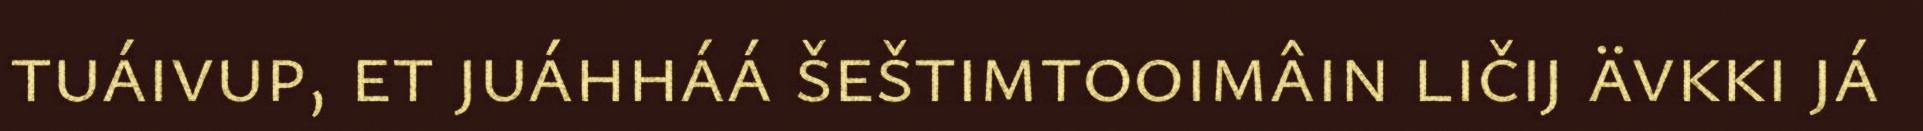
tuáivup, et juáhháá šeštimtooimâin ličij ävkki já